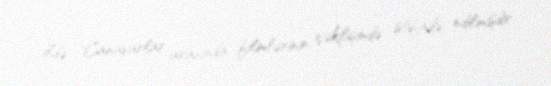
ildə "Canavarlar arasında" filmlərinin çəkilişində istifadə edilmişdir.